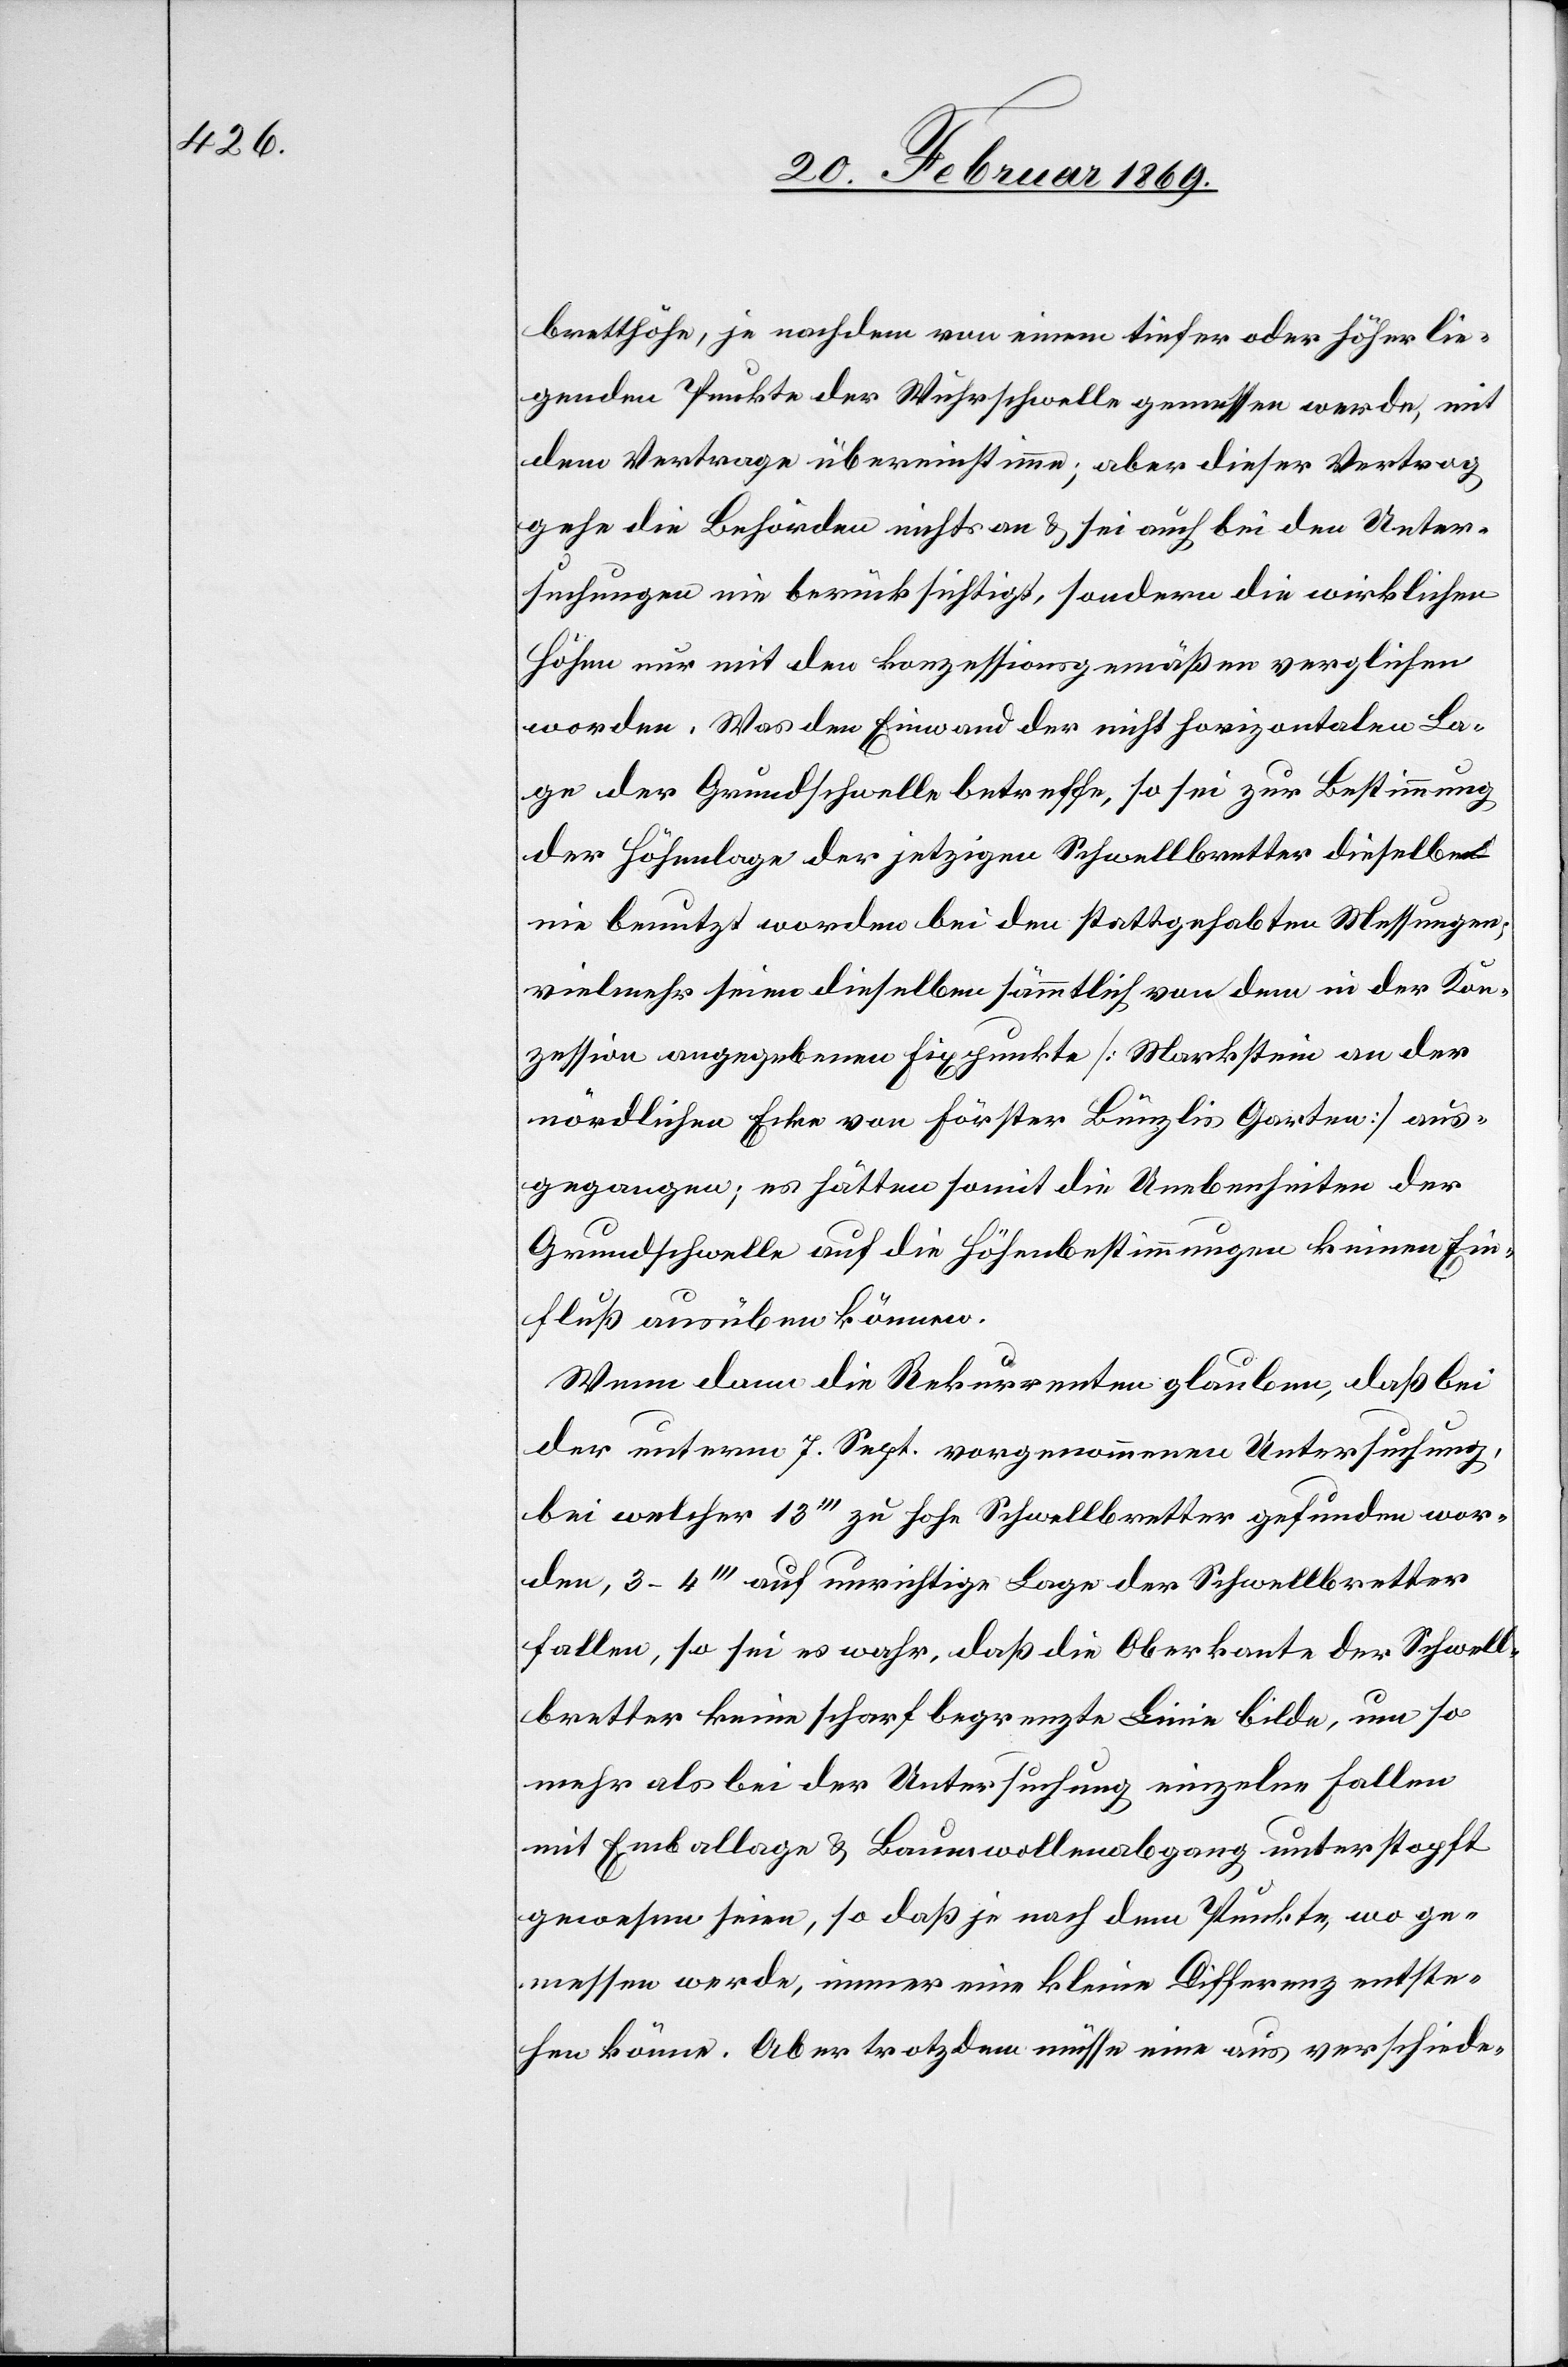
bretthöhe, je nachdem von einem tiefer oder höher lie¬
genden Punkte der Wuhrschwelle gemessen werde, mit
dem Vertrage übereinstimme; aber dieser Vertrag
gehe die Behörden nichts an & sei auch bei den Unter¬
suchungen nie berücksichtigt, sondern die wirklichen
Höhen nur mit den konzessionsgemäßen verglichen
worden. Was den Einwand der nicht horizontalen La¬
ge der Grundschwelle betreffe, so sei zur Bestimmung
der Höhenlage der jetzigen Schwellbretter dieselbe
nie benutzt worden bei den stattgehabten Messungen,
vielmehr seien dieselben sämmtlich von dem in der Kon¬
zession angegebenen Fixpunkte [Markstein an der
nördlichen Ecke von Förster Bünzlis Garten] aus¬
gegangen; es hätten somit die Unebenheiten der
Grundschwelle auf die Höhenbestimmungen keinen Ein¬
fluß ausüben können.
Wenn dann die Rekurrenten glauben, daß bei
der unterm 7. Sept. vorgenommenen Untersuchung,
bei welcher 13’’’ zu hohe Schwellbretter gefunden wor¬
den, 3–4’’’ auf unrichtige Lage der Schwellbretter
fallen, so sei es wahr, daß die Oberkante der Schwell¬
bretter keine scharf begrenzte Linie bilde, um so
mehr als bei der Untersuchung einzelne Fallen
mit Emballage & Baumwollenabgang unterstopft
gewesen seien, so daß je nach dem Punkte, wo ge¬
messen werde, immer eine kleine Differenz entste¬
hen könne. Aber trotzdem müsse eine aus verschiede-